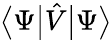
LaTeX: {\big\langle}\Psi{\big|}{\hat{V}}{\big|}\Psi{\big\rangle}